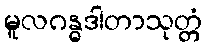
မူလဂန္ဓဒါတာသုတ္တံ